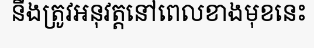
នឹងត្រូវអនុវត្តនៅពេលខាងមុខនេះ